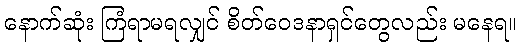
နောက်ဆုံး ကြံရာမရလျှင် စိတ်ဝေဒနာရှင်တွေလည်း မနေရ။